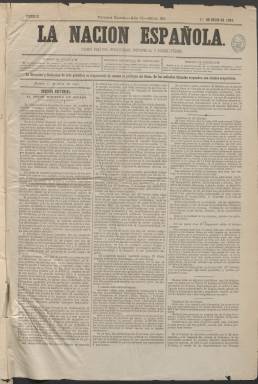
Título: La Nación española
Colección: Periódicos
Ámbito geográfico: Madrid
Lugar de publicación: Madrid
Fechas: 01/07/1881-04/04/1882